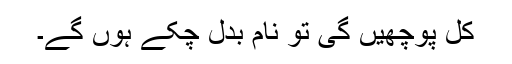
کل پوچھیں گی تو نام بدل چکے ہوں گے۔